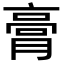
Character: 膏